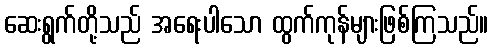
ဆေးရွက်တို့သည် အရေးပါသော ထွက်ကုန်များဖြစ်ကြသည်။